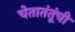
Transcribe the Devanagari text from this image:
चेतातंतूंची